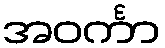
အဝင်္ကာ